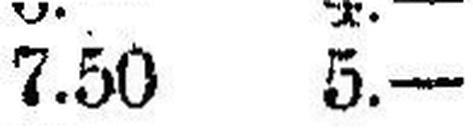
7.50 5.—